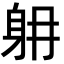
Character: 𨈜